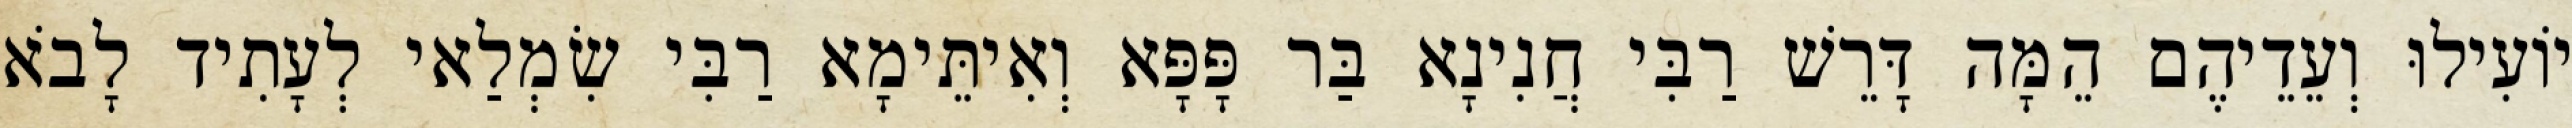
יוֹעִילוּ וְעֵדֵיהֶם הֵמָּה דָּרֵשׁ רַבִּי חֲנִינָא בַּר פָּפָּא וְאִיתֵּימָא רַבִּי שִׂמְלַאי לְעָתִיד לָבֹא